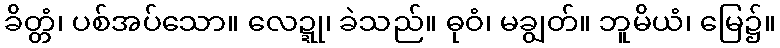
ခိတ္တံ၊ ပစ်အပ်သော။ လေဍ္ဍု၊ ခဲသည်။ ဓုဝံ၊ မချွတ်။ ဘူမိယံ၊ မြေ၌။